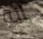
انه